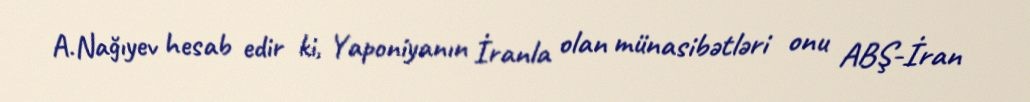
A.Nağıyev hesab edir ki, Yaponiyanın İranla olan münasibətləri onu ABŞ-İran